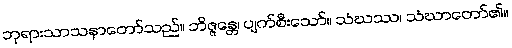
ဘုရားသာသနာတော်သည်။ ဘိဇ္ဇန္တေ၊ ပျက်စီးသော်။ သံဃဿ၊ သံဃာတော်၏။